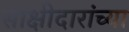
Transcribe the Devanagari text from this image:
साक्षीदारांच्या